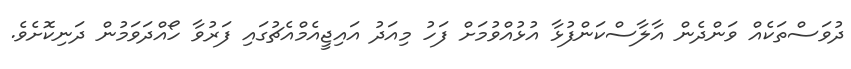
ދުވަސްތަކެއް ވަންދެން އާލާސްކަންފުޅާ އުޅުއްވުމަށް ފަހު މިއަދު އައިޖީއެމްއެޗުގައި ފަރުވާ ހޯއްދަވަމުން ދަނިކޮށެވެ.